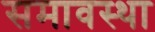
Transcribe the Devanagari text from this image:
समावस्था